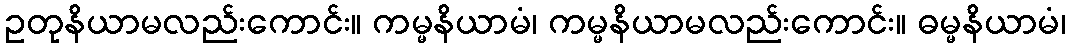
ဥတုနိယာမလည်းကောင်း။ ကမ္မနိယာမံ၊ ကမ္မနိယာမလည်းကောင်း။ ဓမ္မနိယာမံ၊